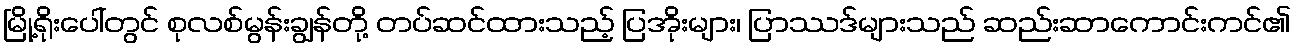
မြို့ရိုးပေါ်တွင် စုလစ်မွန်းချွန်တို့ တပ်ဆင်ထားသည့် ပြအိုးများ၊ ပြာဿဒ်များသည် ဆည်းဆာကောင်းကင်၏